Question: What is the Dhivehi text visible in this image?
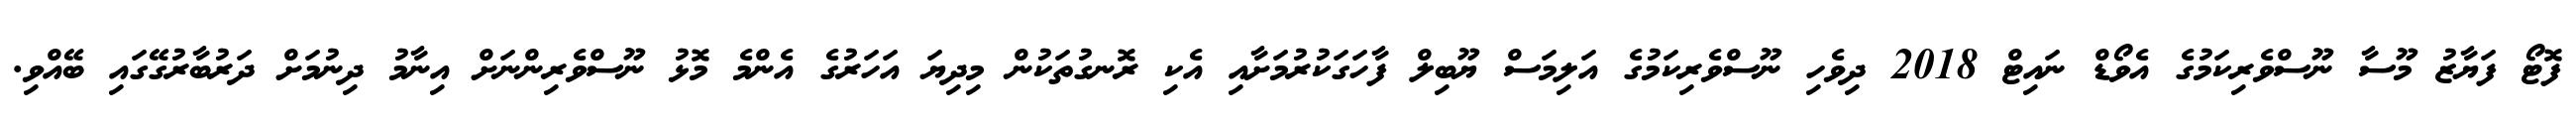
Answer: ފޮޓޯ ފަޔާޒު މޫސާ ނޫސްވެރިކަމުގެ އެވޯޑް ނައިޓް 2018 ދިވެހި ނޫސްވެރިކަމުގެ އަލިމަސް ޔޫބިލް ފާހަގަކުރުމަށާއި އެކި ރޮނގުތަކުން މިދިޔަ އަހަރުގެ އެންމެ މޮޅު ނޫސްވެރިންނަށް އިނާމު ދިނުމަށް ދަރުބާރުގޭގައި ބޭއްވި.